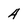
Character: 4